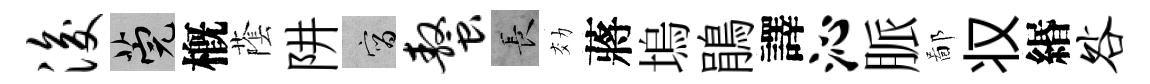
浚筦槪䕃阱宵螯长効蔣塢鵑譯沁脈鄙𠬧緡咎